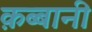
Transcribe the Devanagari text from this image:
क़ब्बानी